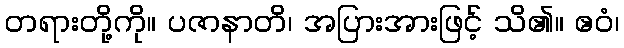
တရားတို့ကို။ ပဇာနာတိ၊ အပြားအားဖြင့် သိ၏။ ဧဝံ၊